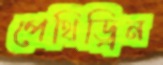
পেথিড্রিন